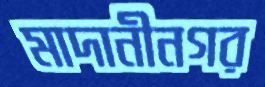
মাদানীনগর